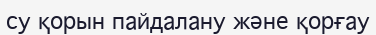
су қорын пайдалану және қорғау